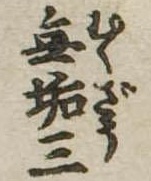
無垢三